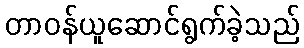
တာဝန်ယူဆောင်ရွက်ခဲ့သည်